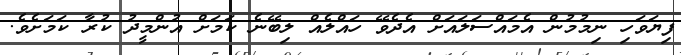
ފިޔަވަހި ނިމުމުން އެމައްސަލައަށް އެދެވޭ ހައްލެއް ލިބޭނެ ކަމަށް އުންމީދު ކުރާ ކަމަށެވެ.